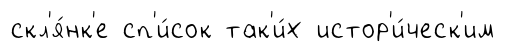
скл'я́нк'е сп'и́сок так'и́х истор'и́ческ'им